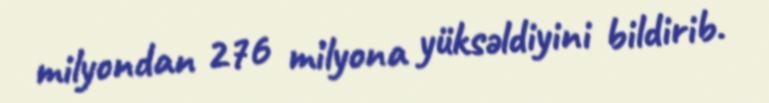
milyondan 276 milyona yüksəldiyini bildirib.